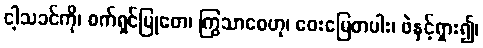
ငါ့သခင်ကို၊ စက်ရှင်မြုတေ၊ ကြွသာစေဟု၊ ဝေးမြေတပါး၊ ဖဲနှင့်ရှား၍၊